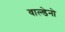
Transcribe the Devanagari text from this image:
वाल्डेनो